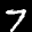
Label: 7